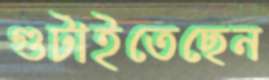
গুটাইতেছেন